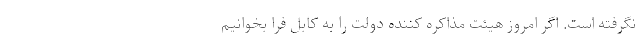
نگرفته است. اگر امروز هیئت مذاکره کننده دولت را به کابل فرا بخوانیم